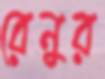
রেনুর